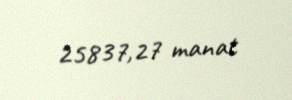
25837,27 manat